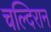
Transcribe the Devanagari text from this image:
चल्दिरान